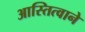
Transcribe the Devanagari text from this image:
आस्तित्वाने